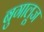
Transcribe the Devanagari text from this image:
बुगालूज